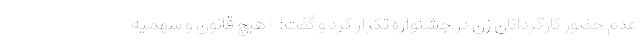
عدم حضور کارگردانان زن در جشنواره تکرار کرد و گفت: «هیچ قانون و سهمیه